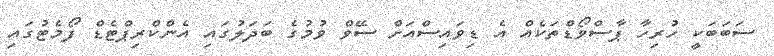
ސަބަބަކީ ހުރިހާ ޕާސްވޯޑްތަކެއް އެ ޑިވައިސްއަށް ސޭވް ވުމުގެ ބަދަލުގައި އެންކްރިޕްޓެޑް ފޯމެޓުގައި